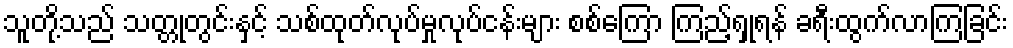
သူတို့သည် သတ္တုတွင်းနှင့် သစ်ထုတ်လုပ်မှုလုပ်ငန်းများ စစ်ကြော ကြည့်ရှုရန် ခရီးထွက်လာကြခြင်း